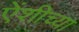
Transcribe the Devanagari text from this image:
एेंशीच्या